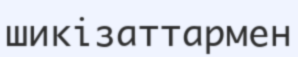
шикізаттармен